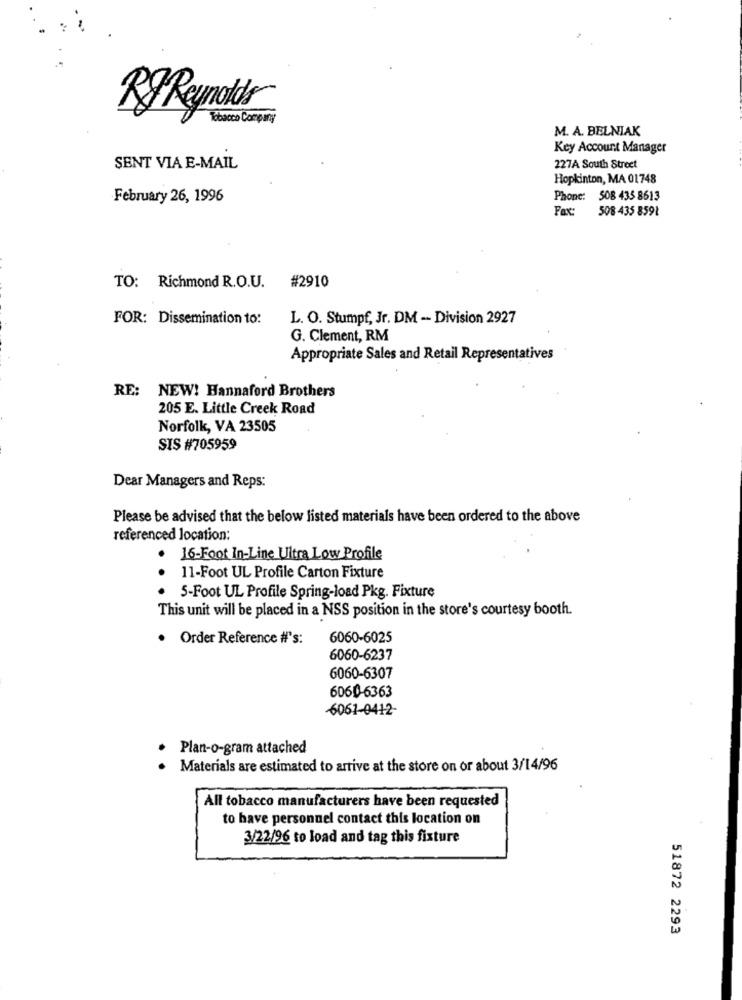
Rg Reynolds
Tobacco Company
M. A. BELNIAK
Key Account Manager
SENT VIA E-MAIL
227A South Street
Hopkinton, MA 01748
February 26, 1996
Phone: 508 435 8613
Fax:
508 435 8591
TO: Richmond R.O.U. #2910
FOR: Dissemination to:
L. O. Stumpf, Jr. DM - Division 2927
G. Clement, RM
Appropriate Sales and Retail Representatives
RE: NEW! Hannaford Brothers
205 E. Little Creek Road
Norfolk, VA 23505
SIS #705959
Dear Managers and Reps:
Please be advised that the below listed materials have been ordered to the above
referenced location:
.
16-Foot In-Line Ultra Low Profile
11-Foot UL Profile Carton Fixture
5-Foot UL Profile Spring-load Pkg. Fixture
This unit will be placed in a NSS position in the store's courtesy booth.
· Order Reference #'s:
6060-6025
6060-6237
6060-6307
6060-6363
-6061-0412-
· Plan-o-gram attached
Materials are estimated to arrive at the store on or about 3/14/96
All tobacco manufacturers have been requested
to have personnel contact this location on
3/22/96 to load and tag this fixture
51872 2293